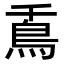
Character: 𩾭